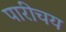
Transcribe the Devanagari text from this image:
पारीचय